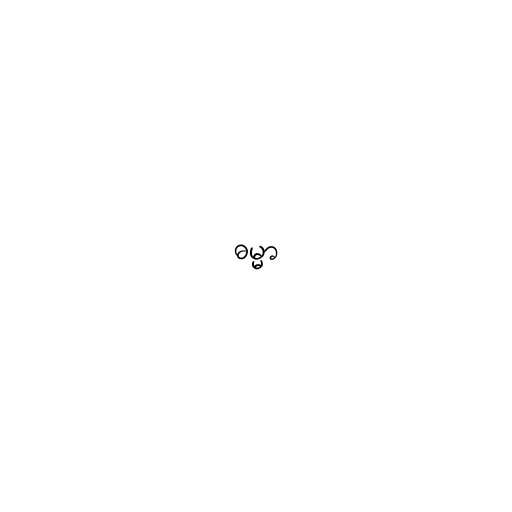
ဓမ္မာ